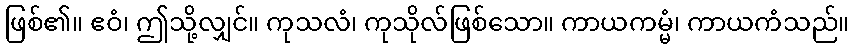
ဖြစ်၏။ ဧဝံ၊ ဤသို့လျှင်။ ကုသလံ၊ ကုသိုလ်ဖြစ်သော။ ကာယကမ္မံ၊ ကာယကံသည်။